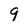
Character: 9